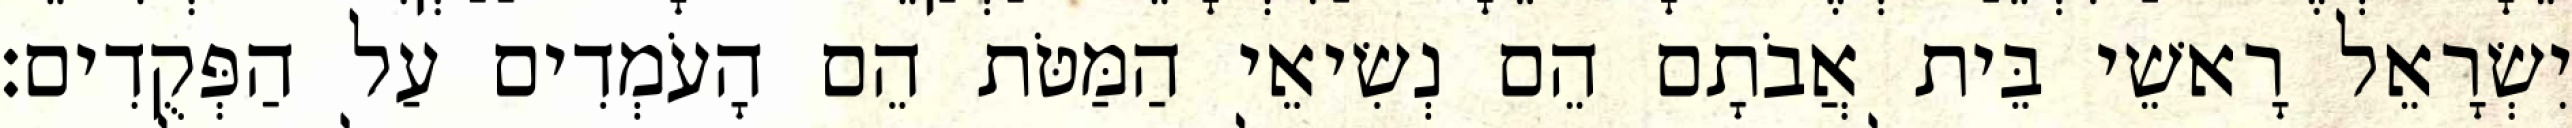
יִשְׂרָאֵל רָאשֵׁי בֵּית אֲבֹתָם הֵם נְשִׂיאֵי הַמַּטֹּת הֵם הָעֹמְדִים עַל הַפְּקֻדִים׃